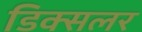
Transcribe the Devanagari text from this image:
डिक्सलर